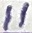
Text: 11